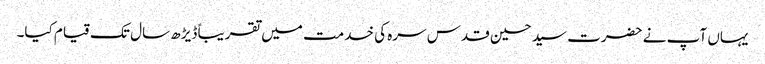
یہاں آپ نے حضرت سید حسین قدس سرہ کی خدمت میں تقریباً ڈیڑھ سال تک قیام کیا۔